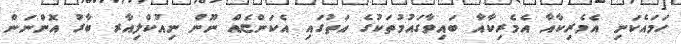
ހަމައެކަނި އެމެރިކާއާ އެމެރިކާއާ ބައިވާގައުމުތަކުގެ އަތުގައި އެކަންޏެއް ނޫން ނިއުކްލިއާރ ބާރު އޮންނަން